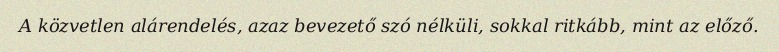
A közvetlen alárendelés, azaz bevezető szó nélküli, sokkal ritkább, mint az előző.